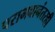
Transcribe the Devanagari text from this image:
पराभवानंतरही